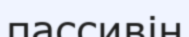
пассивін